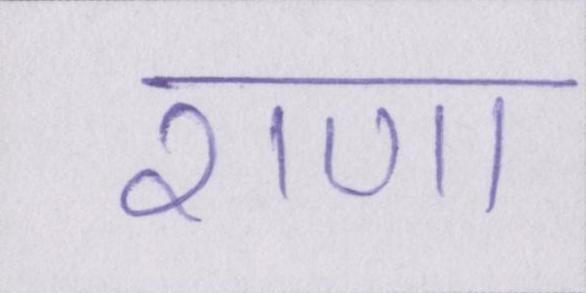
राणा